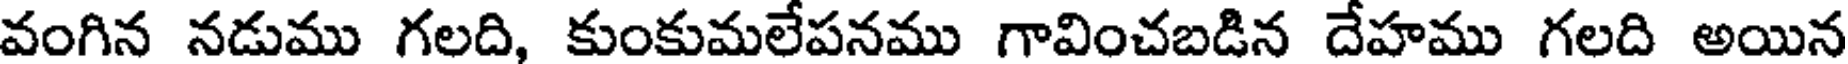
వంగిన నడుము గలది, కుంకుమలేపనము గావించబడిన దేహము గలది అయిన